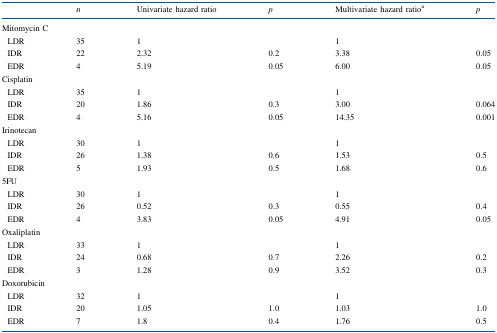
<table><thead><tr><td></td><td><b><i>n</i></b></td><td><b>Univariate hazard ratio</b></td><td><b><i>p</i></b></td><td><b>Multivariate hazard ratio<sup>a</sup></b></td><td><b><i>p</i></b></td></tr></thead><tbody><tr><td colspan="6">Mitomycin C</td></tr><tr><td> LDR</td><td>35</td><td>1</td><td></td><td>1</td><td></td></tr><tr><td> IDR</td><td>22</td><td>2.32</td><td>0.2</td><td>3.38</td><td>0.05</td></tr><tr><td> EDR</td><td>4</td><td>5.19</td><td>0.05</td><td>6.00</td><td>0.05</td></tr><tr><td colspan="6">Cisplatin</td></tr><tr><td> LDR</td><td>35</td><td>1</td><td></td><td>1</td><td></td></tr><tr><td> IDR</td><td>20</td><td>1.86</td><td>0.3</td><td>3.00</td><td>0.064</td></tr><tr><td> EDR</td><td>4</td><td>5.16</td><td>0.05</td><td>14.35</td><td>0.001</td></tr><tr><td colspan="6">Irinotecan</td></tr><tr><td> LDR</td><td>30</td><td>1</td><td></td><td>1</td><td></td></tr><tr><td> IDR</td><td>26</td><td>1.38</td><td>0.6</td><td>1.53</td><td>0.5</td></tr><tr><td> EDR</td><td>5</td><td>1.93</td><td>0.5</td><td>1.68</td><td>0.6</td></tr><tr><td colspan="6">5FU</td></tr><tr><td> LDR</td><td>30</td><td>1</td><td></td><td>1</td><td></td></tr><tr><td> IDR</td><td>26</td><td>0.52</td><td>0.3</td><td>0.55</td><td>0.4</td></tr><tr><td> EDR</td><td>4</td><td>3.83</td><td>0.05</td><td>4.91</td><td>0.05</td></tr><tr><td colspan="6">Oxaliplatin</td></tr><tr><td> LDR</td><td>33</td><td>1</td><td></td><td>1</td><td></td></tr><tr><td> IDR</td><td>24</td><td>0.68</td><td>0.7</td><td>2.26</td><td>0.2</td></tr><tr><td> EDR</td><td>3</td><td>1.28</td><td>0.9</td><td>3.52</td><td>0.3</td></tr><tr><td colspan="6">Doxorubicin</td></tr><tr><td> LDR</td><td>32</td><td>1</td><td></td><td>1</td><td></td></tr><tr><td> IDR</td><td>20</td><td>1.05</td><td>1.0</td><td>1.03</td><td>1.0</td></tr><tr><td> EDR</td><td>7</td><td>1.8</td><td>0.4</td><td>1.76</td><td>0.5</td></tr></tbody></table>